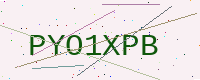
Text: PYO1XPB